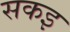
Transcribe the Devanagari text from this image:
सकइ